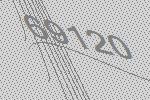
69120